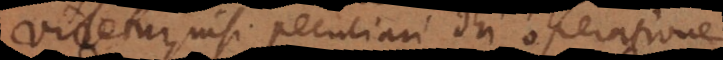
idetur, nisi peculiari Dei operatione.